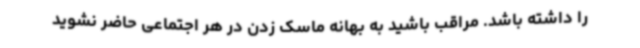
را داشته باشد. مراقب باشید به بهانه ماسک زدن در هر اجتماعی حاضر نشوید